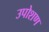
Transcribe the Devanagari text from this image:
उपोशण